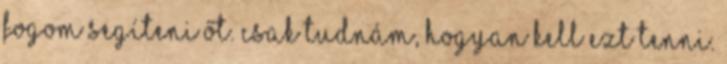
fogom segíteni őt. Csak tudnám, hogyan kell ezt tenni.